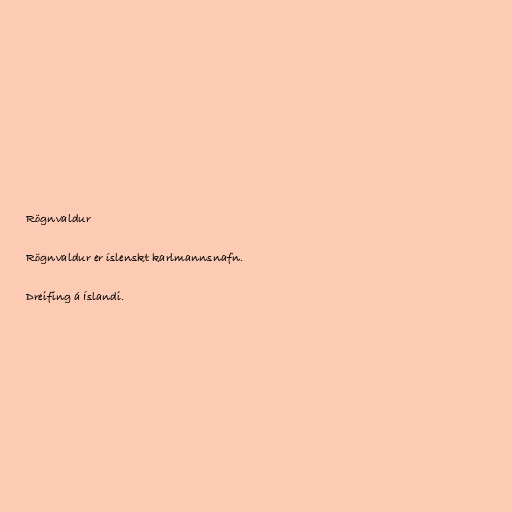
Rögnvaldur

Rögnvaldur er íslenskt karlmannsnafn.

Dreifing á Íslandi.